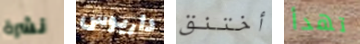
نشرة داريوس أختنق تهدأ